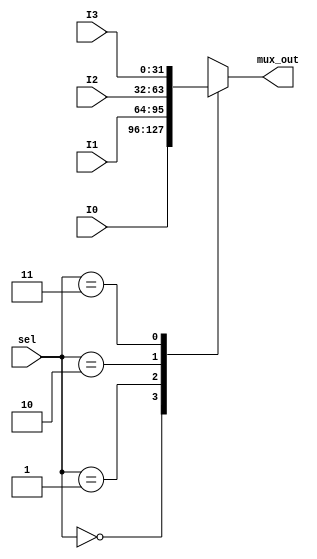
module mux4to2 (I0, I1, I2, I3, sel, mux_out);

input [31:0] I0, I1, I2, I3; 
input [1:0] sel;
output reg [31:0] mux_out;

always @ (sel, I0, I1, I2, I3)
	begin
	case (sel)

		/*sel==2b'00 mux_out<= I0;
		sel==2b'01 mux_out<= I1;
		sel==2b'10 mux_out<= I2;
		sel==2b'3 mux_out<= I3;
	*/
	
		2'b00: mux_out = I0;
		2'b01: mux_out = I1;
		2'b10: mux_out = I2;
		2'b11: mux_out = I3;
		
	endcase
	end
endmodule